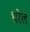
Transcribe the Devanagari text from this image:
धरेल